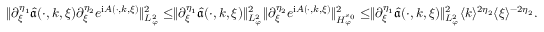
\begin{array} { r } { \rVert \partial _ { \xi } ^ { \eta _ { 1 } } \widehat { \mathfrak { a } } ( \cdot , k , \xi ) \partial _ { \xi } ^ { \eta _ { 2 } } e ^ { \mathrm { i } A ( \cdot , k , \xi ) } \rVert _ { L _ { \varphi } ^ { 2 } } ^ { 2 } \le \rVert \partial _ { \xi } ^ { \eta _ { 1 } } \widehat { \mathfrak { a } } ( \cdot , k , \xi ) \rVert _ { L _ { \varphi } ^ { 2 } } ^ { 2 } \rVert \partial _ { \xi } ^ { \eta _ { 2 } } e ^ { \mathrm { i } A ( \cdot , k , \xi ) } \rVert _ { H _ { \varphi } ^ { s _ { 0 } } } ^ { 2 } \le \rVert \partial _ { \xi } ^ { \eta _ { 1 } } \widehat { \mathfrak { a } } ( \cdot , k , \xi ) \rVert _ { L _ { \varphi } ^ { 2 } } ^ { 2 } \langle k \rangle ^ { 2 \eta _ { 2 } } \langle \xi \rangle ^ { - 2 \eta _ { 2 } } . } \end{array}